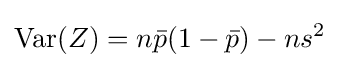
\operatorname {Var} (Z)=n{\bar {p}}(1-{\bar {p}})-ns^{2}